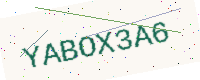
Text: YABOX3A6